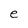
Character: e